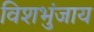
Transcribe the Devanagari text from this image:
विशभुंजाय